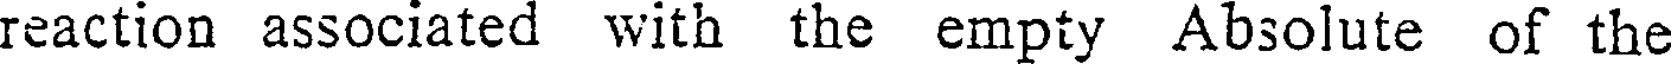
reaction associated with the empty Absolute of the